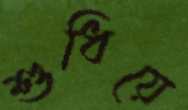
শুধিয়ে